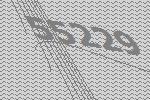
55229